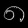
Digit: ၈